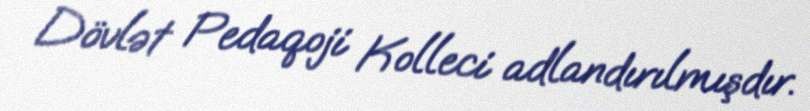
Dövlət Pedaqoji Kolleci adlandırılmışdır.